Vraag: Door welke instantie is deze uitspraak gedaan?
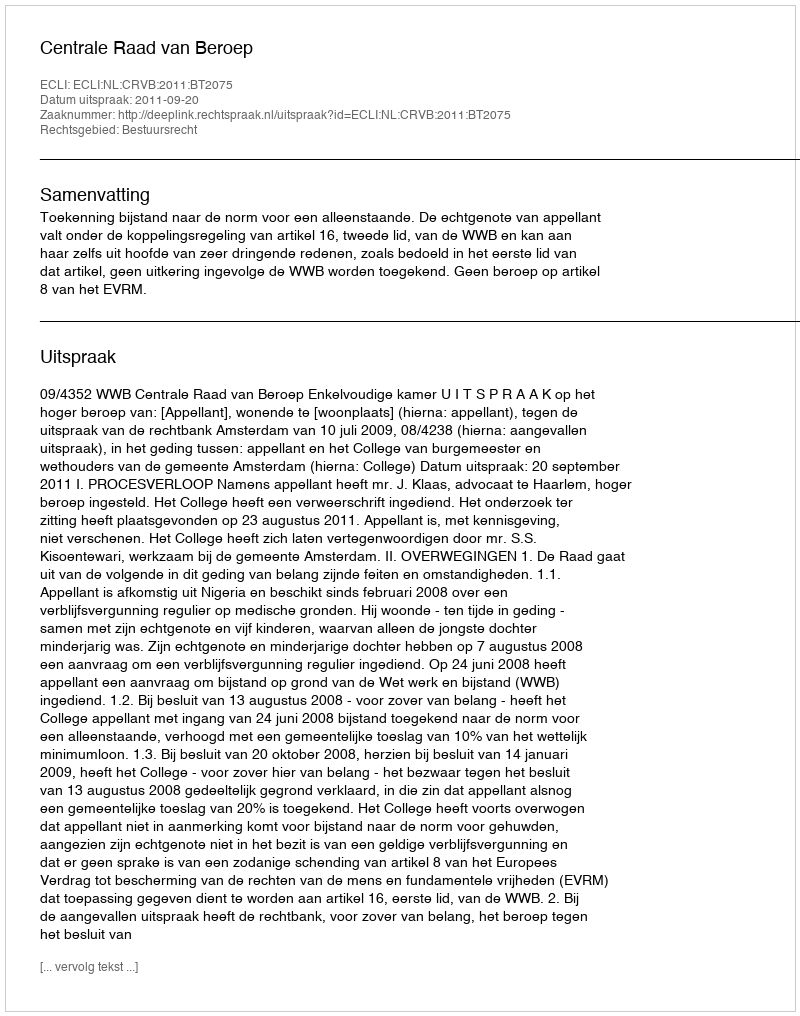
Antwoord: Centrale Raad van Beroep